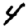
Digit: 4